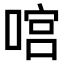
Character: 𠹒